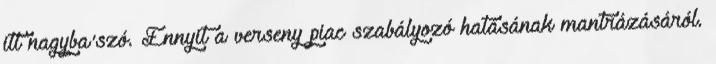
itt nagyba'szó. Ennyit a verseny piac szabályozó hatásának mantrázásáról.